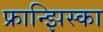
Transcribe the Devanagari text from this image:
फ्रान्झिस्का